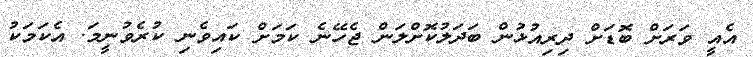
އެއީ ވަރަށް ބޮޑަށް ދިރިއުޅުން ބަދަލުކޮށްލަން ޖެހޭނެ ކަމަށް ކައިވެނި ކުރެވުނީމަ. އެކަމަކު